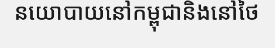
នយោបាយនៅកម្ពុជានិងនៅថៃ